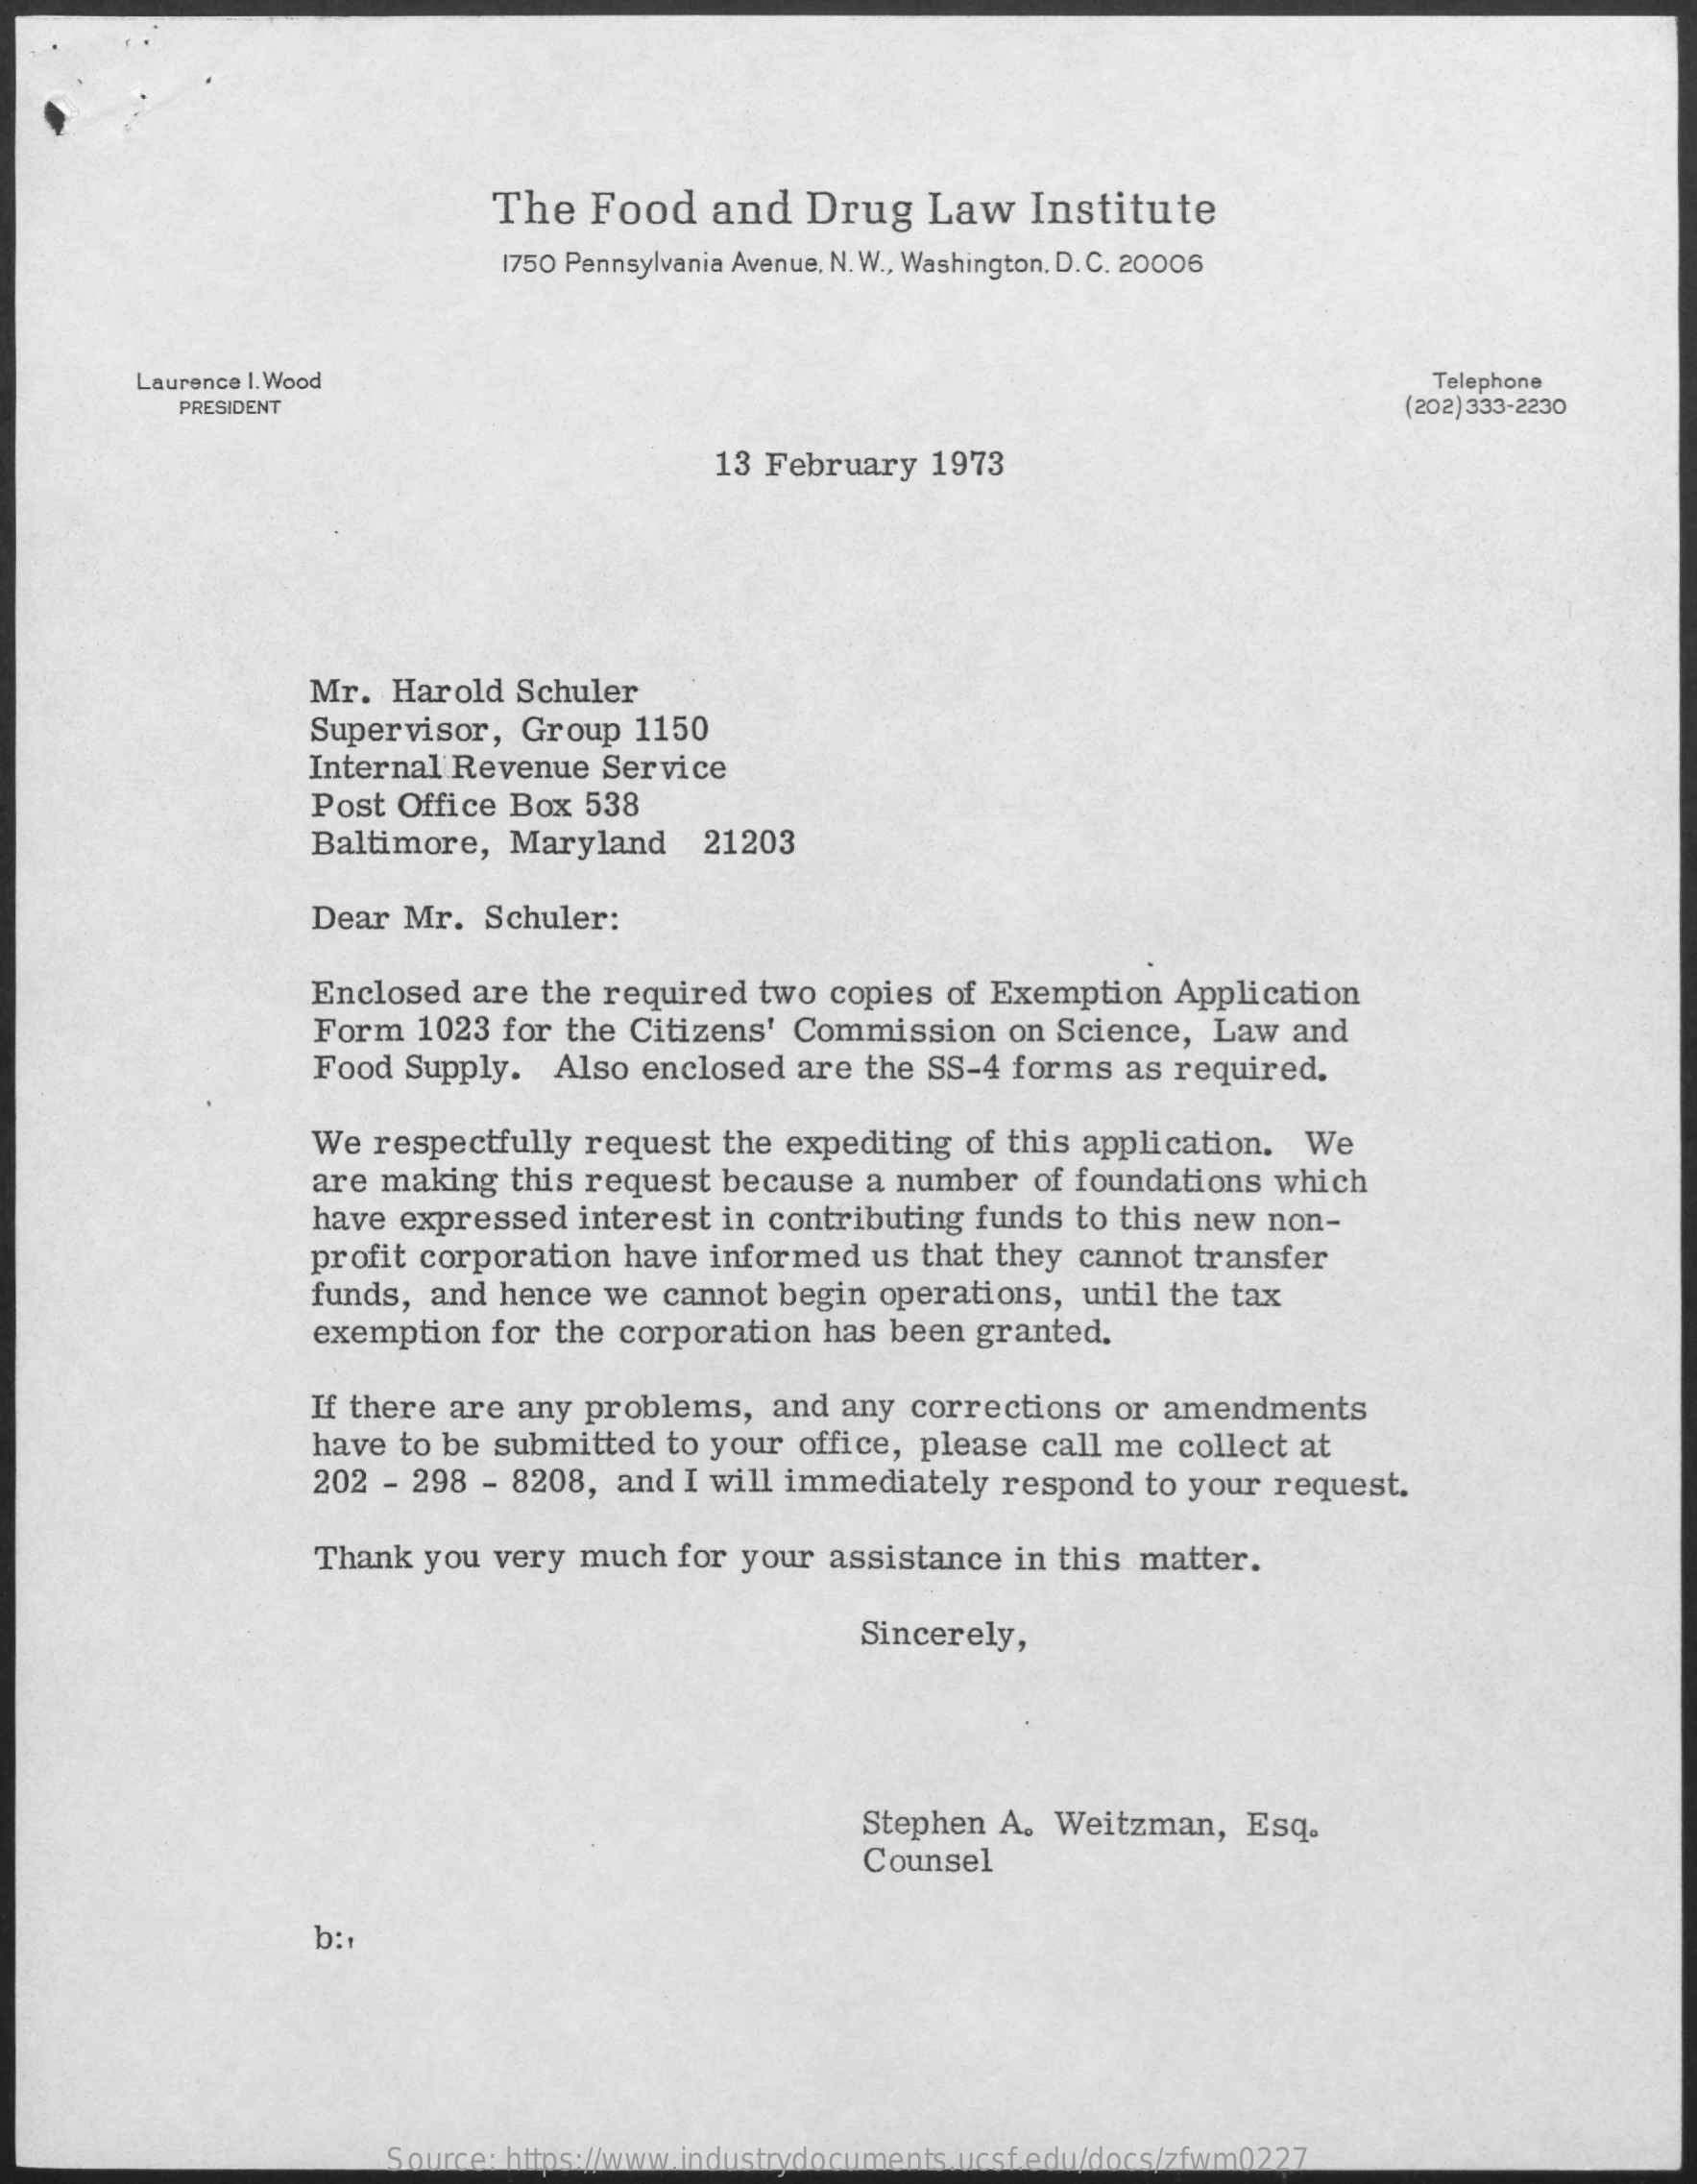
The  Food    and   Drug    Law    Institute
     1750 Pennsylvania Avenue, N. W ., Washington. D. C. 20006
     Laurence I. Wood    Telephone
     PRESIDENT    (202) 333-2230
     13 February   1973
     Mr.  Harold  Schuler
     Supervisor,  Group   1150
     Internal Revenue  Service
     Post Office  Box 538
     Baltimore,   Maryland    21203
     Dear  Mr.  Schuler:
     Enclosed  are  the required  two copies  of Exemption   Application
     Form   1023 for the Citizens'  Commission    on Science,  Law  and
     Food  Supply.  Also  enclosed  are the SS-4  forms  as required.
     We  respectfully  request the expediting  of this application.  We
     are making   this request because   a number  of foundations  which
     have  expressed  interest in contributing funds  to this new non-
     profit corporation  have informed   us that they cannot  transfer
     funds,  and hence  we cannot  begin operations,  until the tax
     exemption  for the  corporation  has been granted.
     If there are any problems,    and any corrections  or  amendments
     have  to be submitted  to your office, please  call me collect at
     202  - 298 - 8208,  and I will immediately  respond  to your  request.
     Thank you  very much  for  your assistance  in this matter.
     Sincerely,
     Stephen A.  Weitzman,   Esq.
     Counsel
     b:1
     Source: https://www.industrydocuments.ucsf.edu/docs/zfwm0227